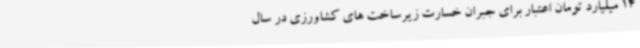
14 میلیارد تومان اعتبار برای جبران خسارت زیرساخت های کشاورزی در سال